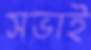
সভাই